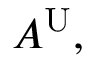
A ^ { \mathrm { U } } ,